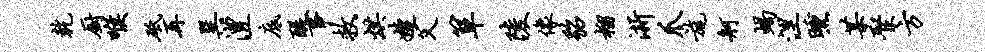
乾厨喉砥再巽澧底醍事救烘婕父箪陵像貂榴浙爪旄舸蝎涅曛某聚方